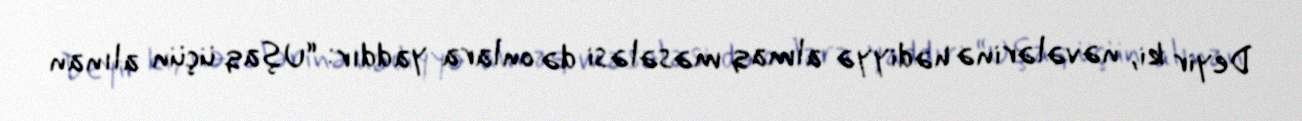
Deyir ki, nəvələrinə hədiyyə almaq məsələsi də onlara yaddır: “Uşaq üçün alınan